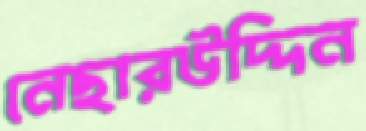
নেছারউদ্দিন